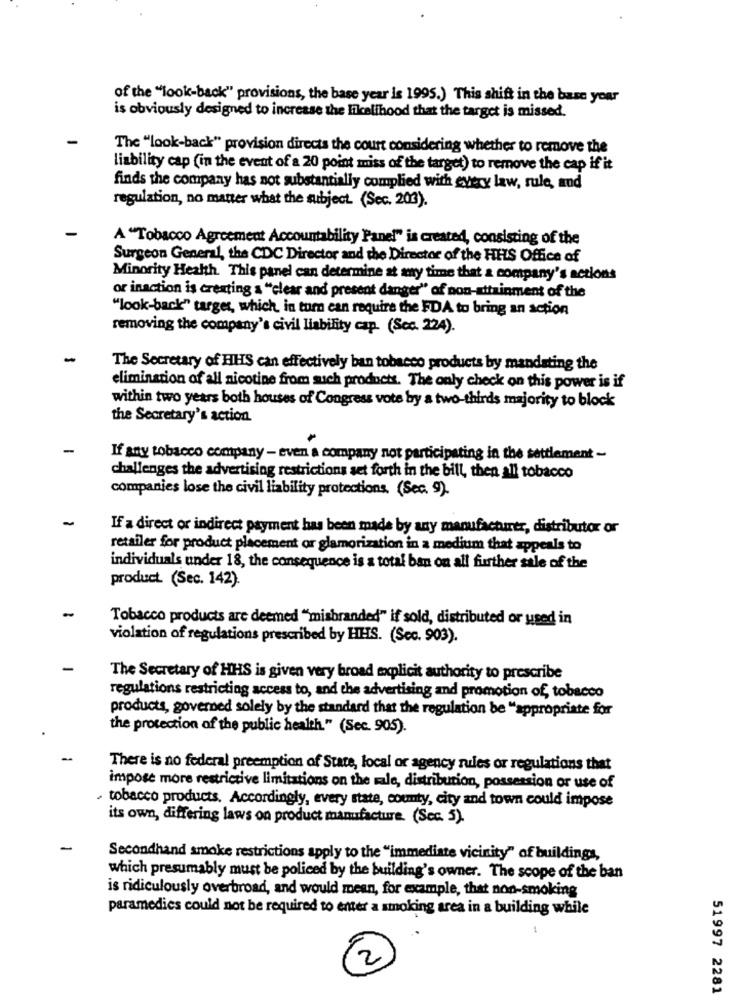
of the "look-back" provisions, the base year is 1995.) This shift in the base your
is obviously designed to increase the likelihood that the target is missed.
The "look-back" provision directs the court considering whether to remove the
liability cap (in the event of a 20 point miss of the target) to remove the cap if it
finds the company has not substantially complied with every law, rule, and
regulation, no matter what the subject. (Sec, 203).
A "Tobacco Agreement Accountability Panel" is created, consisting of the
Surgeon General, the CDC Director and the Director of the HHS Office of
Minority Health. This panel can determine at any time that a company's actions
or inaction is creating a "clear and present danger" of non-attainment of the
"look-back" target, which in turn can require the FDA to bring an action
removing the company's civil liability cap. (Sec. 224).
The Secretary of HHS can effectively ban tobacco products by mandating the
elimination of all nicotine from such products. The only check on this power is if
within two years both houses of Congress vote by a two-thirds majority to block
the Secretary's action
-
If any tobacco company - even a company not participating in the settlement -
challenges the advertising restrictions set forth in the bill, then all tobacco
companies lose the civil liability protections. (Sec. 9).
-
If a direct or indirect payment has been made by any manufacturer, distributor or
retailer for product placement or glamorization in a medium that appeals to
individuals under 18, the consequence is a total ban on all further sale of the
product (Sec. 142)
Tobacco products are deemed "misbranded" if sold, distributed or used in
violation of regulations prescribed by HEIS. (Sec. 903).
The Secretary of HHS is given very broad mocplicit authority to prescribe
regulations restricting access to, and the advertising and promotion of, tobacco
products, governed solely by the standard that the regulation be "appropriate for
the protection of the public health." (Sec. 905).
There is no federal preemption of State, local or agency rules or regulations that
impose more restrictive limitations on the male, distribution, possession or use of
· tobacco products. Accordingly, every state, county, city and town could impose
its own, differing laws on product manufacture. (Sec. 5).
Secondhand smoke restrictions apply to the "immediate vicinity" of buildings,
which presumably must be policed by the building's owner. The scope of the ban
is ridiculously overbroad, and would mean, for example, that non-smoking
paramedics could not be required to enter a smoking area in a building while
2
51997 2281